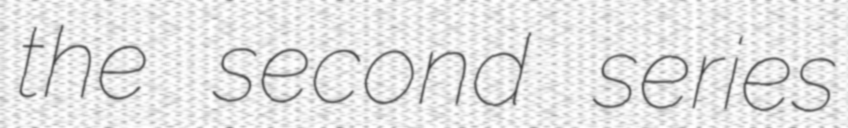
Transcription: the second series